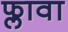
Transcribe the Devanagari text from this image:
फ्लावा